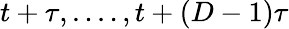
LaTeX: t+\tau,....,t+(D-1)\tau